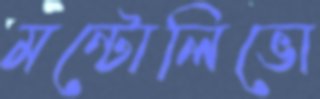
মন্টোলিভো